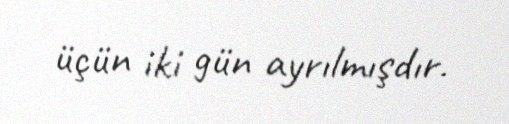
üçün iki gün ayrılmışdır.